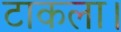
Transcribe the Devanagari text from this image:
टाकला।